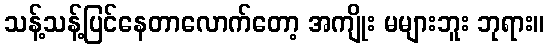
သန့်သန့်ပြင်နေတာလောက်တော့ အကျိုး မများဘူး ဘုရား။